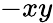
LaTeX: -{xy}